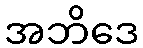
အဘိဒေ